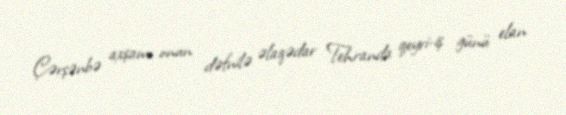
Çərşənbə axşamı onun dəfnilə əlaqədar Tehranda qeyri-iş günü elan